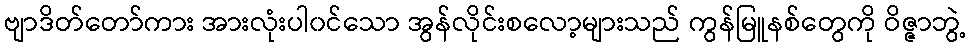
ဗျာဒိတ်တော်ကား အားလုံးပါ၀င်သော အွန်လိုင်းစလော့များသည် ကွန်မြူနစ်တွေကို ဝိဇ္ဇာဘွဲ့